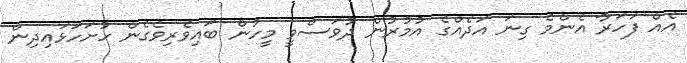
އެއް ފަހަރާ އެންމެ ގިނަ އަދެއްގެ އުމުރުން ދުވަސްވީ މީހުން ބައިވެރިވެގެން ހުށަހަޅައިދިން